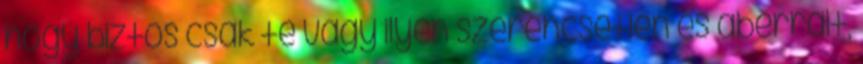
hogy biztos csak te vagy ilyen szerencsétlen és aberrált,